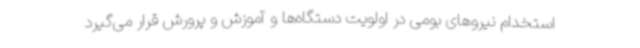
استخدام نیروهای بومی در اولویت دستگاه‌ها و آموزش و پرورش قرار می‌گیرد